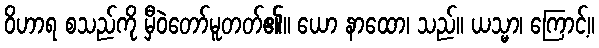
ဝိဟာရ စသည်ကို မှီဝဲတော်မူတတ်၏။ ယော နာထော၊ သည်။ ယသ္မာ၊ ကြောင့်။